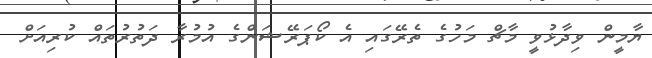
ޔާމީން ވިދާޅުވީ މާޗް މަހުގެ ތެރޭގައި އެ ކޯޕަރޭޝަންގެ އުމުރާ ދަތުރުތައް ކުރިއަށް